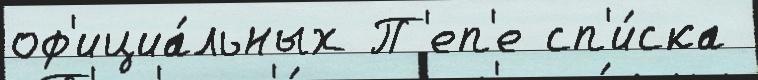
оф'ициа́льных П'еп'е сп'и́ска